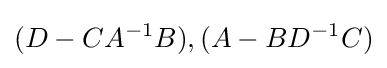
(D-CA^{-1}B),(A-BD^{-1}C)